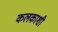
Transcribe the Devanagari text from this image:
कलकाशी